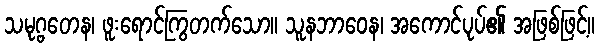
သမုဂ္ဗတေန၊ ဖူးရောင်ကြွတက်သော။ သူနဘာဝေန၊ အကောင်ပုပ်၏ အဖြစ်ဖြင့်။